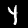
Digit: 4